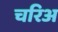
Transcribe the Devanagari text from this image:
चरिअ